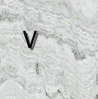
٧